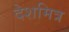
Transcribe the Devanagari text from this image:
देशमित्र